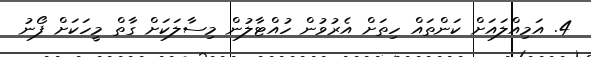
4. އަމިއްލައަށް ކަންތައް ހިތަށް އެރުވުން ހުއްޓާލުން މިސާލަކަށް ގާތް މީހަކަށް ފޯނު